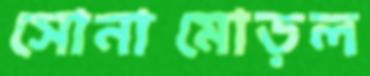
সোনামোড়ল